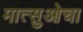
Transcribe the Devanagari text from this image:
मात्सुओचा